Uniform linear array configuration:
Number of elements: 4
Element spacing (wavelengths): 0.75
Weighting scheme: uniform
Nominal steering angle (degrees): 0
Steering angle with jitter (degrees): -1.143
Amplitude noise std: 0.05
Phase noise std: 0.05

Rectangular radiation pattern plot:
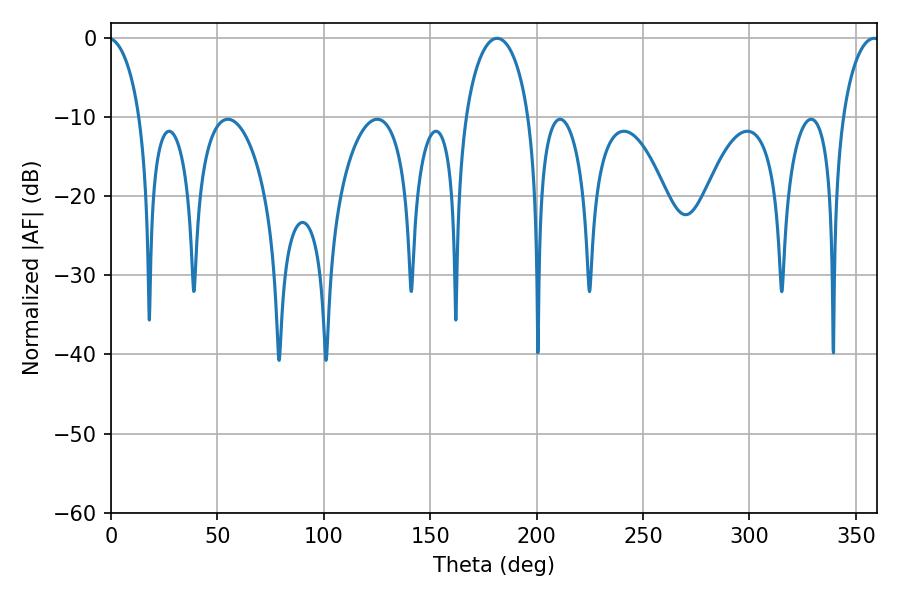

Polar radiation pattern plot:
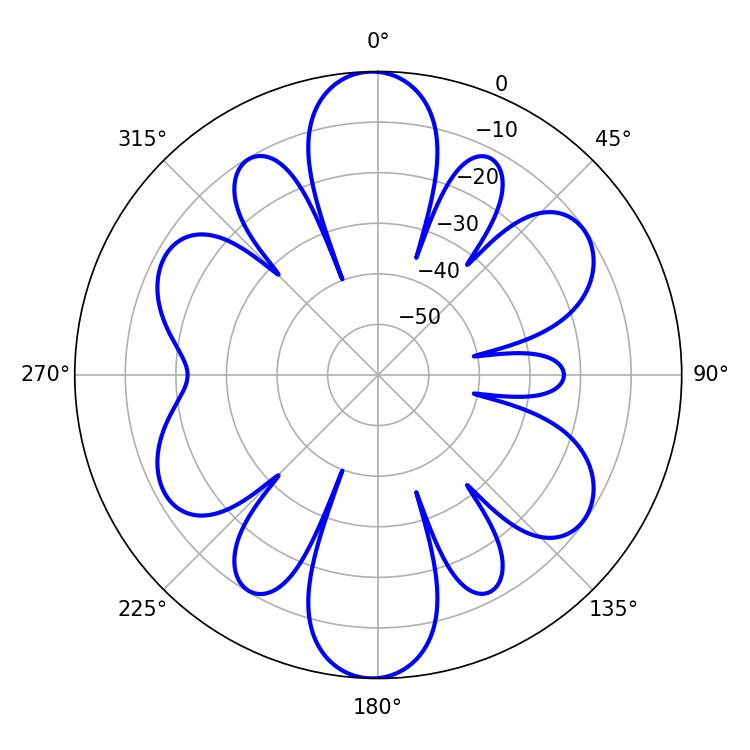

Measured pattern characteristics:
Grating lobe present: TRUE
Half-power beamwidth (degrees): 17.28
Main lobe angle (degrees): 181.44